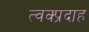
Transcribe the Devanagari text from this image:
त्वक्प्रदाह